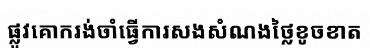
ផ្លូវគោករង់ចាំធ្វើការសងសំណងថ្លៃខូចខាត